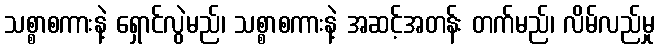
သစ္စာစကားနဲ့ ရှောင်လွဲမည်၊ သစ္စာစကားနဲ့ အဆင့်အတန်း တက်မည်၊ လိမ်လည်မှု